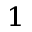
^ 1